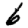
Digit: 6